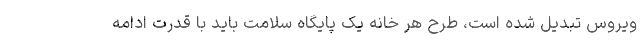
ویروس تبدیل شده است، طرح هر خانه یک پایگاه سلامت باید با قدرت ادامه